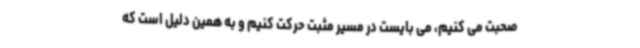
صحبت می کنیم، می بایست در مسیر مثبت حرکت کنیم و به همین دلیل است که